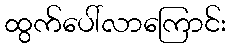
ထွက်ပေါ်လာကြောင်း